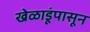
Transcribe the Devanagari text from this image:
खेळाडूंपासून